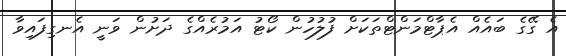
އެ ގޭގެ ބައެއް އެޕާޓްމަންޓްތަކަށް ފުލުހުން ކޯޓު އަމުރެއްގެ ދަށުން ވަނީ އެނގިފައިވާ